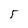
Character: 5